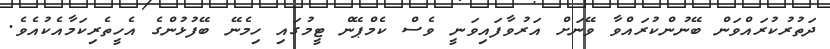
ދަތުރުކުރައްވަން ބޭނުންކުރައްވާ ވޭނަށް އަރުވާފައިވަނީ ވެސް ކެމްޕޭން ޓީމުގައި ހިމެނޭ ބޭފުޅުންގެ އެހީތެރިކަމާއެކުއެވެ.